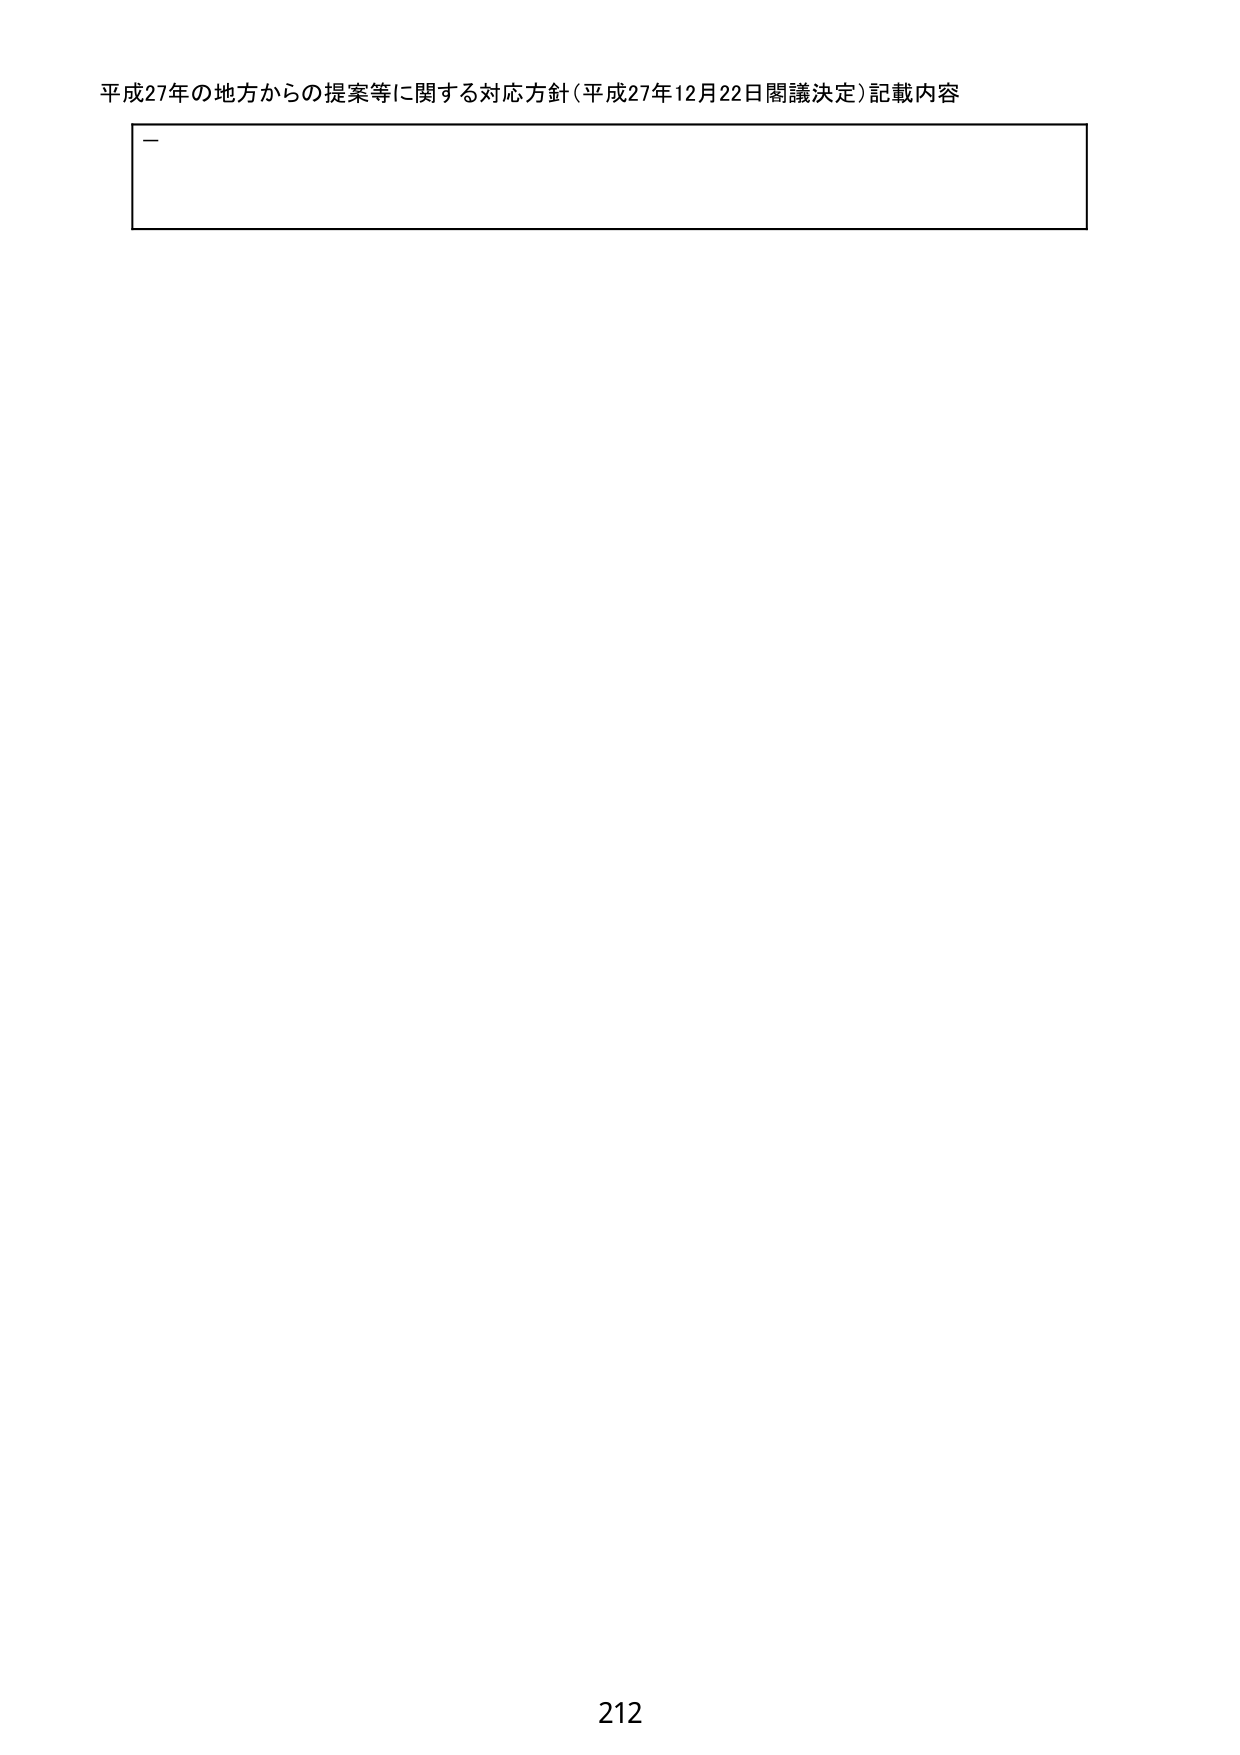
平成27年の地方からの提案等に関する対応方針（平成27年12月22日閣議決定）記載内容
212